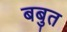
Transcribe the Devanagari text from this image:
बबुत